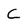
Character: C